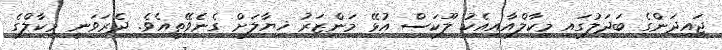
ޖައިދަންގެ ބަދަލުގައި މިކާލްއާއިއެކު ލޫކަސް އުޅޭ މަންޒަރު ޚިޔާލަށް ގެނެވޭތީއެވެ. ދެރަވަނީ މިކާލްގެ